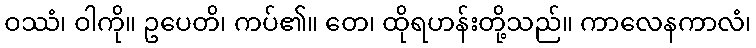
ဝဿံ၊ ဝါကို။ ဥပေတိ၊ ကပ်၏။ တေ၊ ထိုရဟန်းတို့သည်။ ကာလေနကာလံ၊